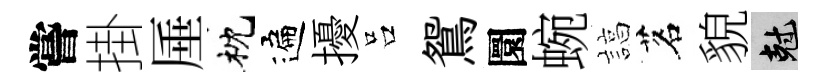
嘗掛厜枕遍擾吕鴛圜蜿諄茗貌剋